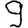
Digit: 9